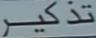
تذْكير